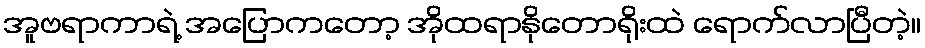
အူဗရာကာရဲ့ အပြောကတော့ အိုထရာနိုတောရိုးထဲ ရောက်လာပြီတဲ့။